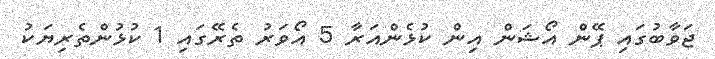
ޖަވާބުގައި ޕޭން އޯޝަން އިން ކުޅެންއަރާ 5 އޯވަރު ތެރޭގައި 1 ކުޅުންތެރިޔަކު